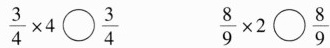
$$\frac{3}{4}\times 4 \bigcirc \frac{3}{4}$$ $$\frac{8}{9}\times 2 \bigcirc \frac{8}{9}$$